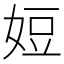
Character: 㛒